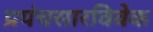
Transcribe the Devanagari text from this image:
प्रपंचसारविवेक